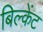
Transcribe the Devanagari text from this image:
बिल्केंट